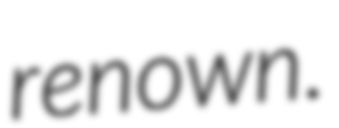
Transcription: renown.